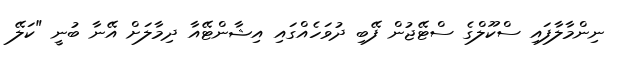
ނިންމާލާފައި ސްކޫލްގެ ސްޓޭޖުން ފޭބި ދުވަހެއްގައި އިޝާންޓޭއާ ދިމާލަށް އޭނާ ބުނީ "ކަލޭ